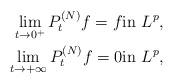
LaTeX: \begin{align*} \lim_{t\to {0^+}} P_t^{(N)}f = f & \textrm{in $L^p$},\\ \lim_{t\to {+\infty}} P_t^{(N)}f = 0 & \textrm{in $L^p$},\end{align*}